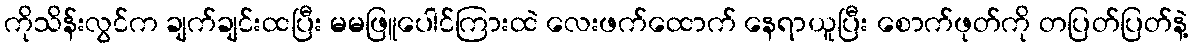
ကိုသိန်းလွင်က ချက်ချင်းထပြီး မမဖြူပေါင်ကြားထဲ လေးဖက်ထောက် နေရာယူပြီး စောက်ဖုတ်ကို တပြတ်ပြတ်နဲ့